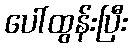
ပေါ်ထွန်းပြီး